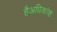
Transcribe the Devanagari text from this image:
हैअधिकांश